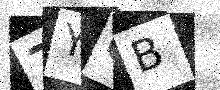
Text: 7YQB